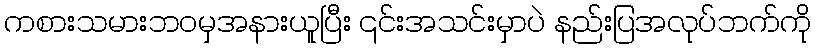
ကစားသမားဘဝမှအနားယူပြီး ၎င်းအသင်းမှာပဲ နည်းပြအလုပ်ဘက်ကို